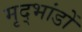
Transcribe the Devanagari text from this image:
मृद्भांडों